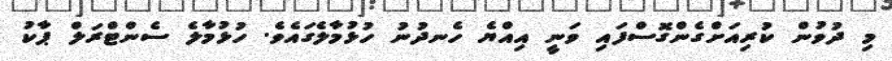
މި ދުވުން ކުރިއަށްގެންގޮސްފައި ވަނީ އިއްޔެ ހެނދުނު ހުޅުމާލެގައެވެ. ހުޅުމާލެ ސެންޓްރަލް ޕާކު